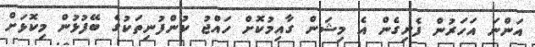
އަންނަ އަހަރުން ފެށިގެން އެ މިޝަން ގާއިމުކޮށް ހައްޖު ކުންފުނިތަކުގެ ބޭފުޅުން މިކޮޅަށް